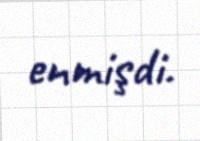
enmişdi.